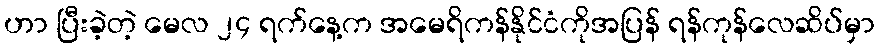
ဟာ ပြီးခဲ့တဲ့ မေလ ၂၄ ရက်နေ့က အမေရိကန်နိုင်ငံကိုအပြန် ရန်ကုန်လေဆိပ်မှာ